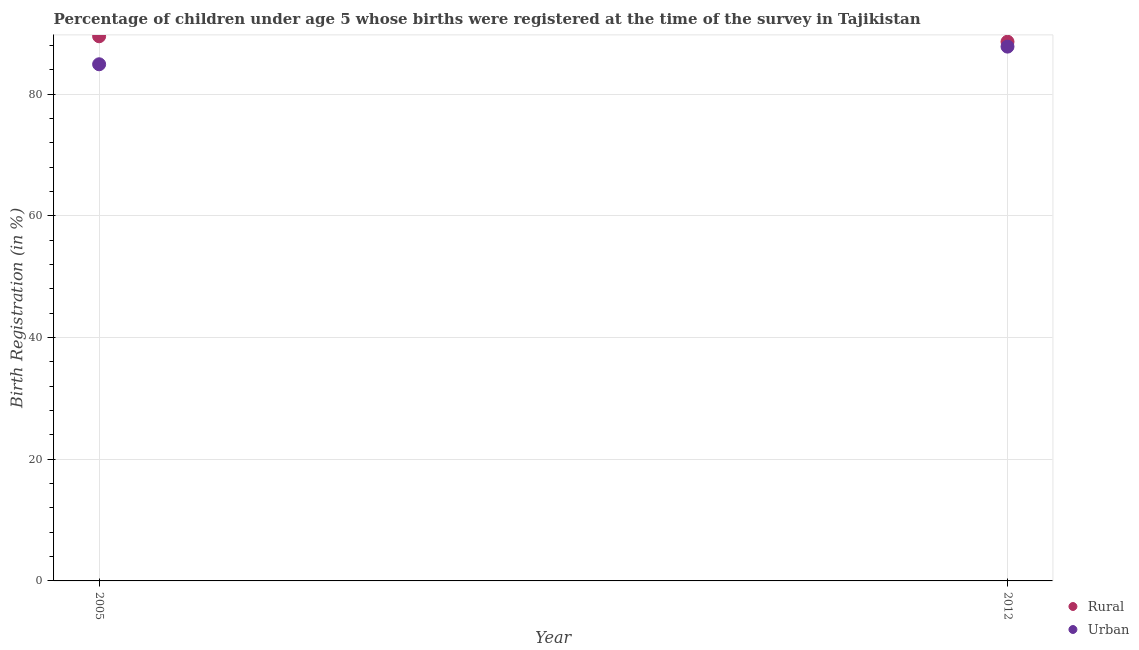
| Year | Rural | Urban |
 | --- | --- | --- |
 | 2005 | 89.5 | 84.9 |
 | 2012 | 88.6 | 87.8 |